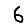
Digit: 6